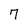
Character: 7